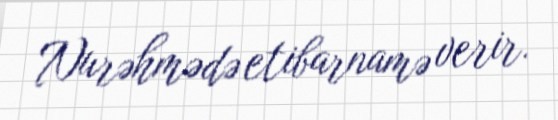
Nurəhmədə etibarnamə verir.